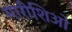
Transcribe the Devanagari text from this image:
मारीशिओ